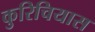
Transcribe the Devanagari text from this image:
कुरिचियास